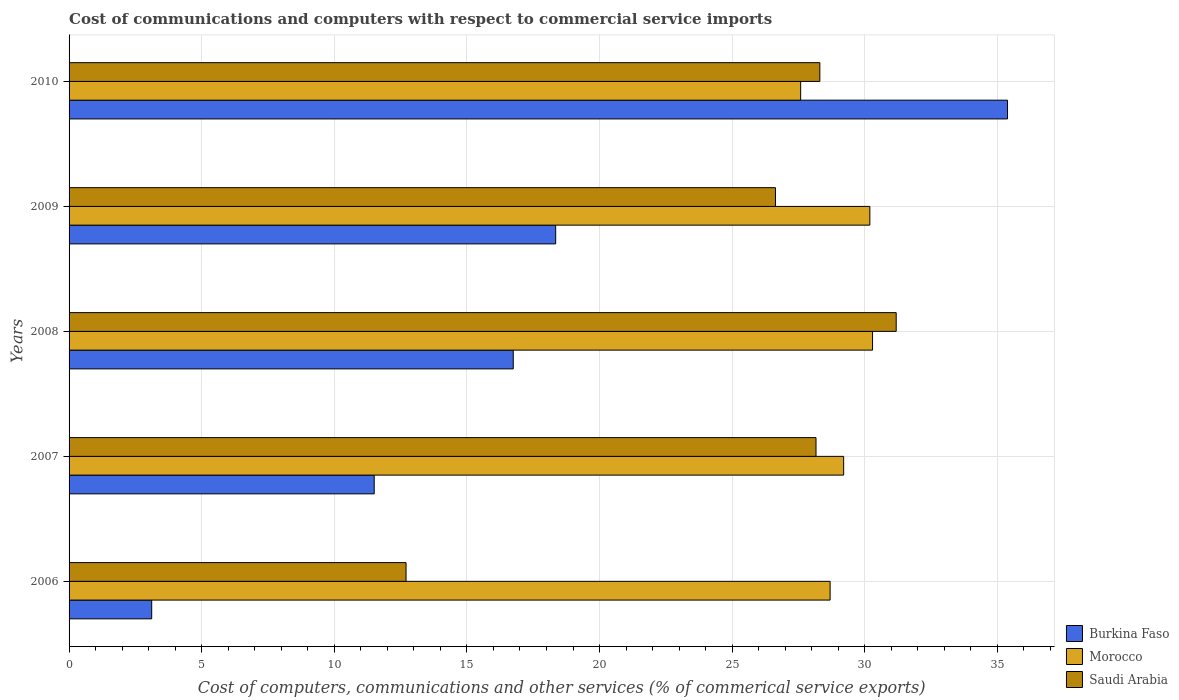
| Years | Burkina Faso | Morocco | Saudi Arabia |
 | --- | --- | --- | --- |
 | 2006 | 3.12 | 28.7 | 12.7 |
 | 2007 | 11.5 | 29.2 | 28.2 |
 | 2008 | 16.7 | 30.3 | 31.2 |
 | 2009 | 18.3 | 30.2 | 26.6 |
 | 2010 | 35.4 | 27.6 | 28.3 |